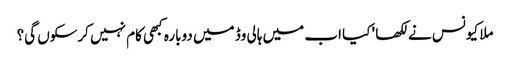
ملا کیونس نے لکھا ' کیا اب میں ہالی وڈ میں دوبارہ کبھی کام نہیں کرسکوں گی؟